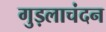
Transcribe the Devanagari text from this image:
गुड़लाचंदन